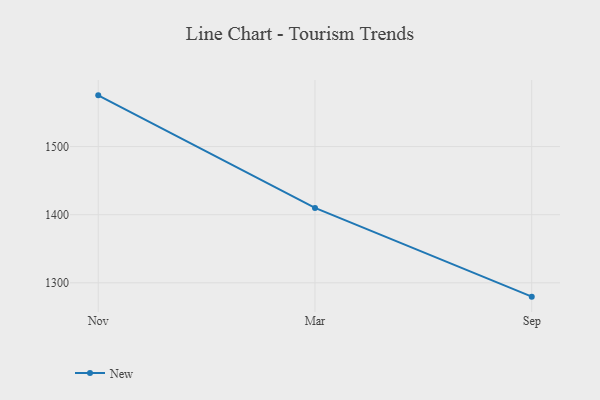
{"axis": {"x": "Month", "y": "Inventory Turnover"}, "legend": ["New"], "data": [{"x": "Nov", "y": 1575.2, "type": "New"}, {"x": "Mar", "y": 1409.9, "type": "New"}, {"x": "Sep", "y": 1279.7, "type": "New"}]}